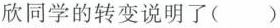
欣同学的转变说明了（）